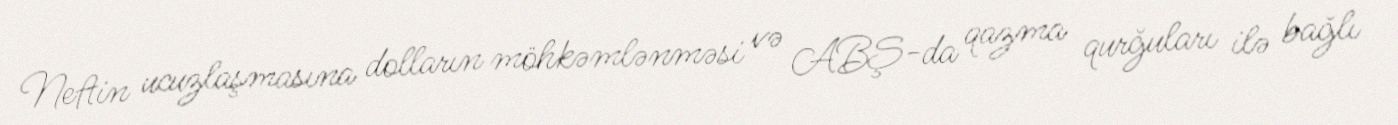
Neftin ucuzlaşmasına dolların möhkəmlənməsi və ABŞ-da qazma qurğuları ilə bağlı